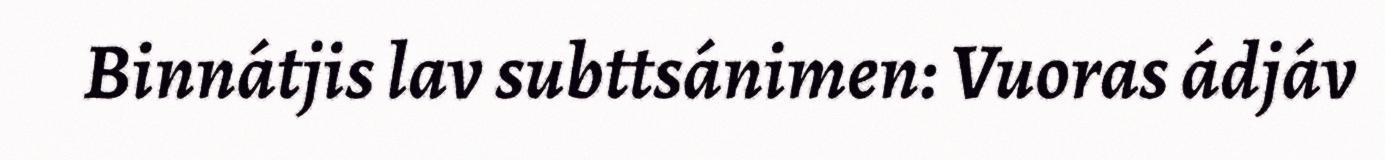
Binnátjis lav subttsánimen: Vuoras ádjáv